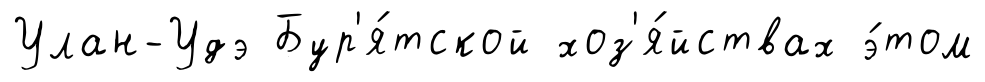
Улан-Удэ Бур'я́тской хоз'я́йствах э́том